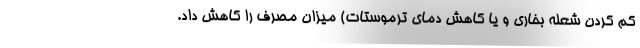
کم کردن شعله بخاری و یا کاهش دمای ترموستات) میزان مصرف را کاهش داد.